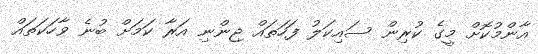
އާންމުކޮށް މީގެ ކުރިން ސައިކަލު ފަހަތައް ޖިންނި އަރާ ކަމަށް ބުނެ ވާހަކަތައް